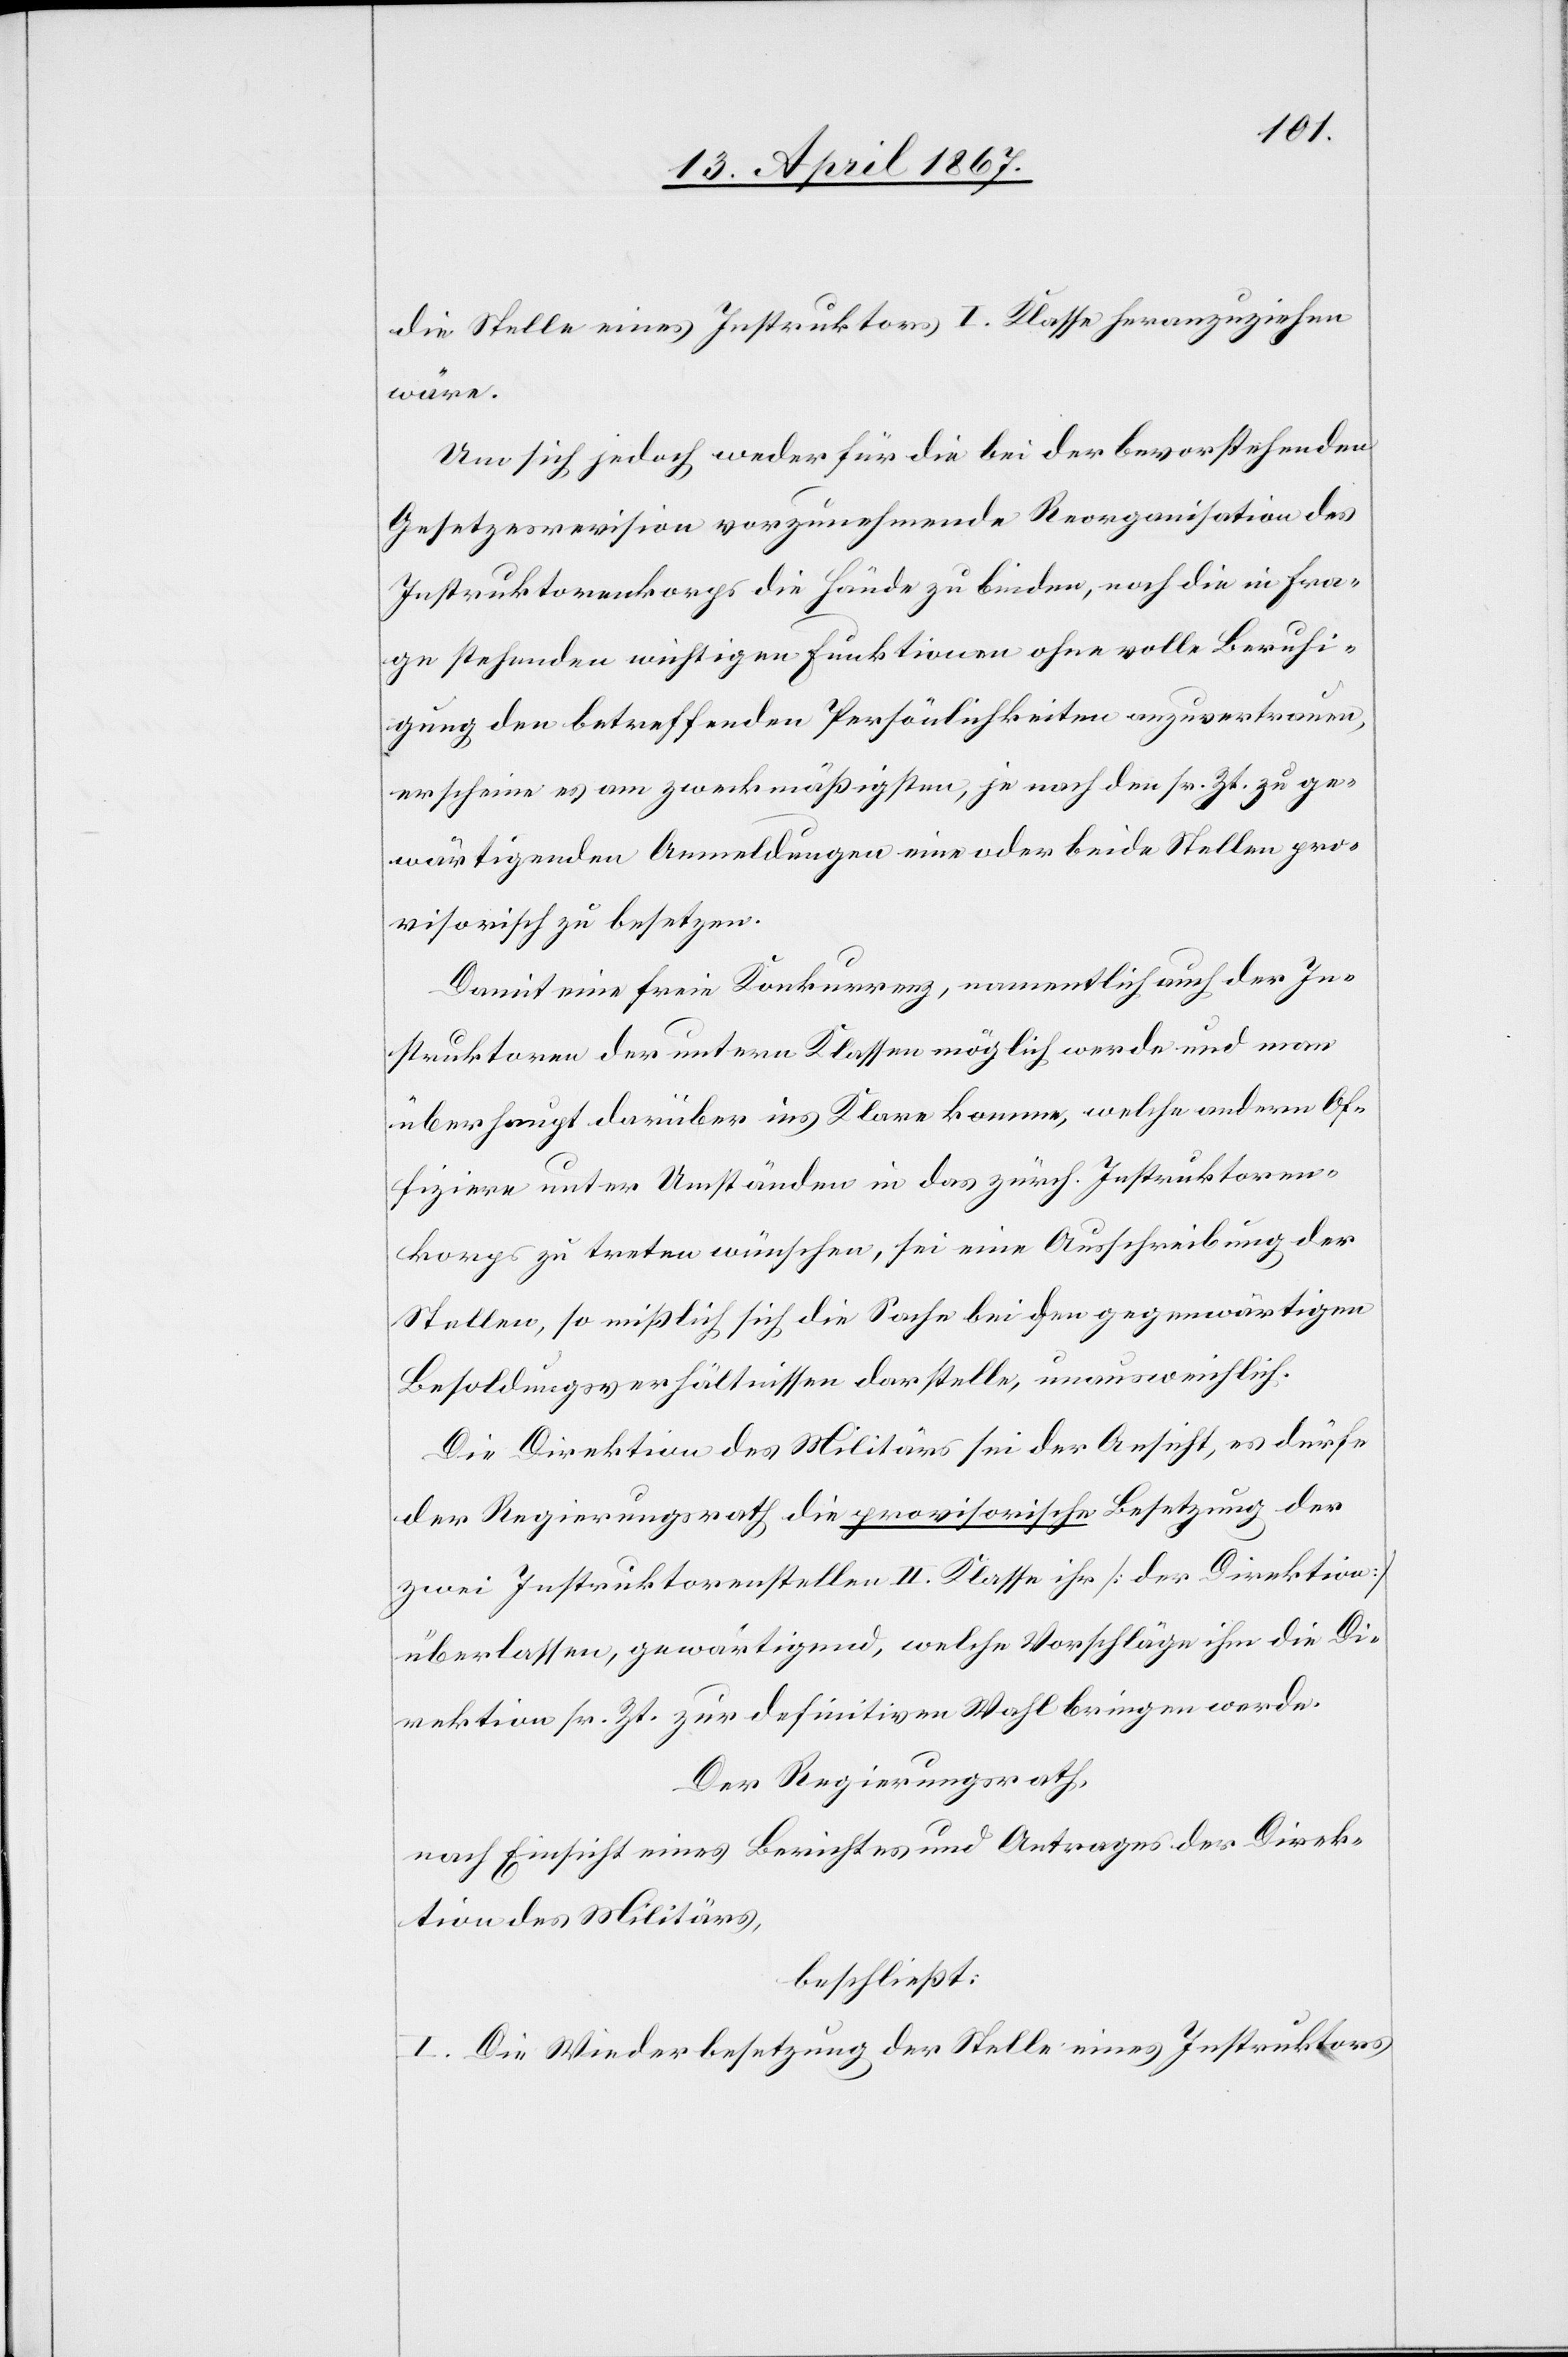
die Stelle eines Instruktors I. Klasse heranzuziehen
der Direk¬
Um sich jedoch weder für die bei der bevorstehenden
Gesetzesrevision vorzunehmende Reorganisation des
Instruktorenkorps die Hände zu binden, noch die in Fra¬
ge stehenden wichtigen Funktionen ohne volle Beruhi¬
gung den betreffenden Persönlichkeiten anzuvertrauen,
erscheine es am zweckmäßigsten, je nach den sr. Zt. zu ge¬
wärtigenden Anmeldungen eine oder beide Stellen pro¬
visorisch zu besetzen.
Damit eine freie Konkurrenz, namentlich auch der In¬
struktoren der untern Klassen möglich werde und man
überhaupt darüber ins Klare komme, welche andern Of¬
fiziere unter Umständen in das zürch. Instruktoren¬
korps zu treten wünschen, sei eine Ausschreibung der
Stellen, so mißlich sich die Sache bei den gegenwärtigen
Besoldungsverhältnissen darstelle, unausweichlich.
Die Direktion des Militärs sei der Ansicht, es dürfe
der Regierungsrath die provisorische Besetzung der
zwei Instruktorenstellen II. Klasse ihr [der Direktion]
überlassen, gewärtigend, welche Vorschläge ihm die Di¬
rektionen sr. Zt. zur definitiven Wahl bringen werde.
Der Regierungsrath,
tion des Militärs,
beschließt:
I. Die Wiederbesetzung der Stelle eines Instruktors